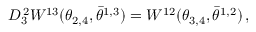
D _ { 3 } ^ { \, 2 } W ^ { 1 3 } ( \theta _ { 2 , 4 } , \bar { \theta } ^ { 1 , 3 } ) = W ^ { 1 2 } ( \theta _ { 3 , 4 } , \bar { \theta } ^ { 1 , 2 } ) \, ,